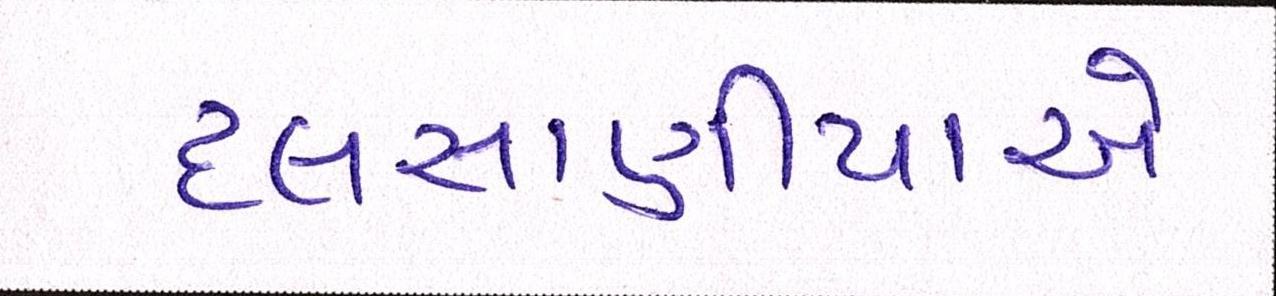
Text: દલસાણીયાએ